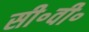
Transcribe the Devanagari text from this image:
सी॰वी॰